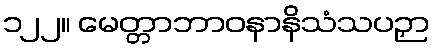
၁၂၂။ မေတ္တာဘာဝနာနိသံသပဉှာ